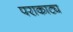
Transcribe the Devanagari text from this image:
पराकाट्य